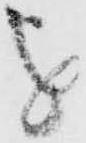
を